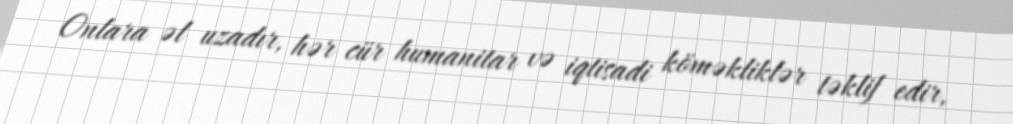
Onlara əl uzadır, hər cür humanitar və iqtisadi köməkliklər təklif edir,